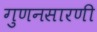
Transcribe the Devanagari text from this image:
गुणनसारणी